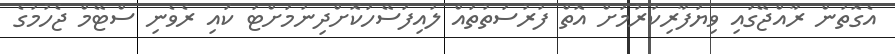
އެގޮތުން ރާއްޖޭގައި ވިޔަފާރިކުރުމަށް އޮތް ފުރުސަތުތައް ލުއިފަސޭހަކޮށްދިނުމަށްޓަ ކައި ރެވެނި ސްޓޭމް ޖެހުމުގެ